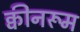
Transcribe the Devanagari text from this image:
क्वीनरूम